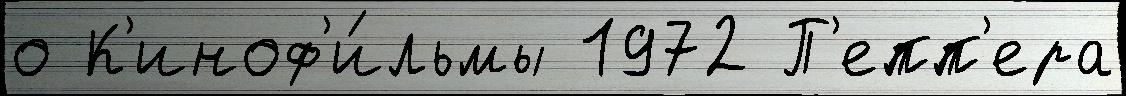
о К'иноф'и́льмы 1972 П'епп'ера